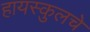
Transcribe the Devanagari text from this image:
हायस्‍कुलचे